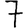
Digit: 7